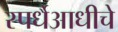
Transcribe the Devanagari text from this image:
स्पर्धैआधीचे